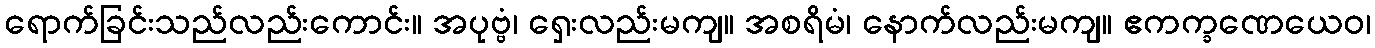
ရောက်ခြင်းသည်လည်းကောင်း။ အပုဗ္ဗံ၊ ရှေးလည်းမကျ။ အစရိမံ၊ နောက်လည်းမကျ။ ဧကက္ခဏေယေဝ၊